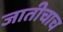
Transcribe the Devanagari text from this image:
जातीचाच